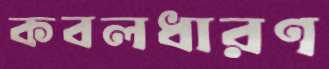
কবলধারণ